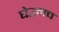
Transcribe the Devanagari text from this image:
घेउनच